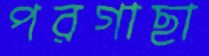
পরগাছা